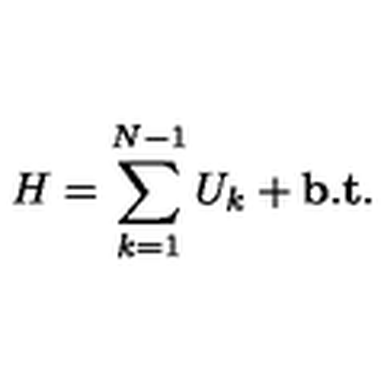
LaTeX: H = \sum _ { k = 1 } ^ { N - 1 } U _ { k } + { \bf b . t } .